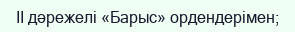
II дәрежелі «Барыс» ордендерімен;